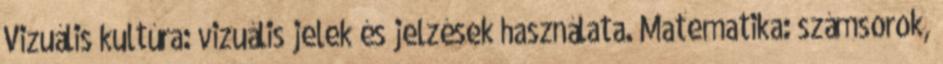
Vizuális kultúra: vizuális jelek és jelzések használata. Matematika: számsorok,